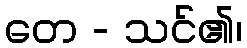
တေ - သင်၏၊